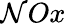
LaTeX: \mathcal{N}Ox